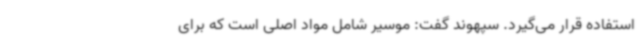
استفاده قرار می‌گیرد. سپهوند گفت: موسیر شامل مواد اصلی است که برای